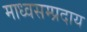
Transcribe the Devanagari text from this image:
माध्वसम्प्रदाय